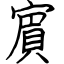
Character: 賔